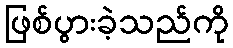
ဖြစ်ပွားခဲ့သည်ကို